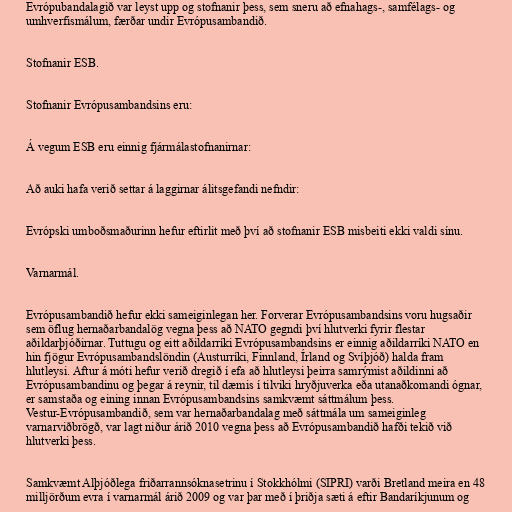
Evrópubandalagið var leyst upp og stofnanir þess, sem sneru að efnahags-, samfélags- og
umhverfismálum, færðar undir Evrópusambandið.

Stofnanir ESB.

Stofnanir Evrópusambandsins eru:

Á vegum ESB eru einnig fjármálastofnanirnar:

Að auki hafa verið settar á laggirnar álitsgefandi nefndir:

Evrópski umboðsmaðurinn hefur eftirlit með því að stofnanir ESB misbeiti ekki valdi sínu.

Varnarmál.

Evrópusambandið hefur ekki sameiginlegan her. Forverar Evrópusambandsins voru hugsaðir
sem öflug hernaðarbandalög vegna þess að NATO gegndi því hlutverki fyrir flestar
aðildarþjóðirnar. Tuttugu og eitt aðildarríki Evrópusambandsins er einnig aðildarríki NATO en
hin fjögur Evrópusambandslöndin (Austurríki, Finnland, Írland og Svíþjóð) halda fram
hlutleysi. Aftur á móti hefur verið dregið í efa að hlutleysi þeirra samrýmist aðildinni að
Evrópusambandinu og þegar á reynir, til dæmis í tilviki hryðjuverka eða utanaðkomandi ógnar,
er samstaða og eining innan Evrópusambandsins samkvæmt sáttmálum þess.
Vestur-Evrópusambandið, sem var hernaðarbandalag með sáttmála um sameiginleg
varnarviðbrögð, var lagt niður árið 2010 vegna þess að Evrópusambandið hafði tekið við
hlutverki þess.

Samkvæmt Alþjóðlega friðarrannsóknasetrinu í Stokkhólmi (SIPRI) varði Bretland meira en 48
milljörðum evra í varnarmál árið 2009 og var þar með í þriðja sæti á eftir Bandaríkjunum og